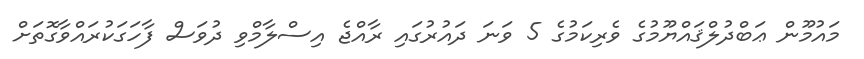
މައުމޫން ޢަބްދުލްޤައްޔޫމުގެ ވެރިކަމުގެ 5 ވަނަ ދައުރުގައި ރާއްޖެ އިސްލާމްވި ދުވަސް ފާހަގަކުރައްވާގޮތަށް